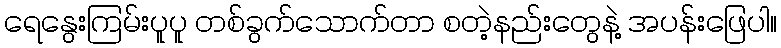
ရေနွေးကြမ်းပူပူ တစ်ခွက်သောက်တာ စတဲ့နည်းတွေနဲ့ အပန်းဖြေပါ။